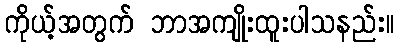
ကိုယ့်အတွက် ဘာအကျိုးထူးပါသနည်း။